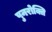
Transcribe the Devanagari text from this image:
पुनरोक्ति